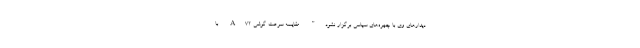
دیدارهای وی با چهره‌های سیاسی برگزار نشود". مقایسه سرعت گوشی A72 با